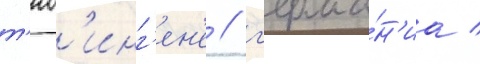
т'юб'инг'ен'е / г'ерма́н'иа /